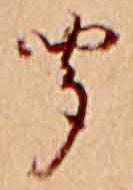
聞